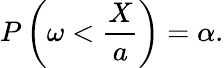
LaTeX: P\left(\omega<{\frac{X}{a}}\right)=\alpha.